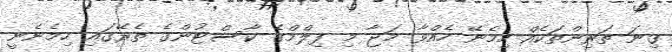
ގިނަ ތަރިންތަކެއް ހިމެނޭ ހެއްވާ މަޖާ މި ފިލްމްގެ ކާސްޓުންގެ ތެރޭގައި ހިމެނެނީ